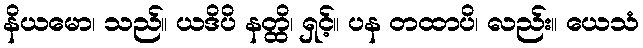
နိယမော၊ သည်။ ယဒိပိ နတ္ထိ၊ ရှင့်။ ပန တထာပိ၊ လည်း။ ယေသံ